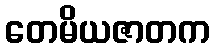
တေမိယဇာတက